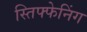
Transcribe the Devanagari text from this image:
स्तिफ्फेनिंग